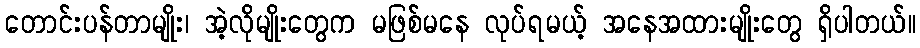
တောင်းပန်တာမျိုး၊ အဲ့လိုမျိုးတွေက မဖြစ်မနေ လုပ်ရမယ့် အနေအထားမျိုးတွေ ရှိပါတယ်။